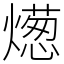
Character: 燪